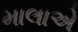
માલાએ